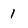
Character: l